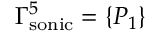
\Gamma _ { \mathrm { { s o n i c } } } ^ { 5 } = \{ P _ { 1 } \}